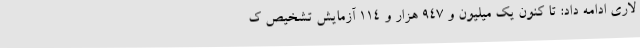
لاری ادامه داد: تا کنون یک میلیون و 947 هزار و 114 آزمایش تشخیص ک